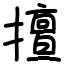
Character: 擅